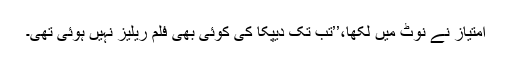
امتیاز نے نوٹ میں لکھا،’’تب تک دیپکا کی کوئی بھی فلم ریلیز نہیں ہوئی تھی۔